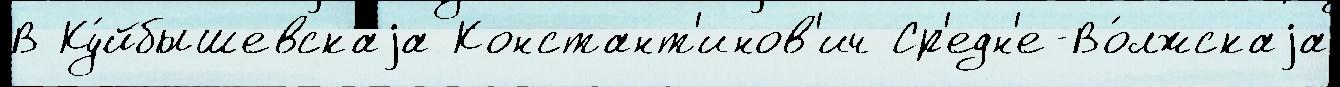
В Ку́йбышевскаjа Констант'инов'ич Ср'едн'е-Во́лжскаjа